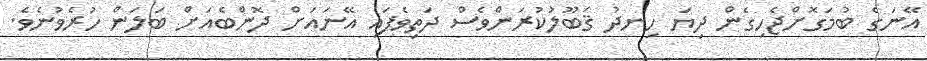
އޭނަގެ ބުމަގޮށްޖެހިގެން ދިޔަ ހިނދު ޤަބޫލުކުރަންވެސް ދަތިވެފައި އޭނައަށް ދޮންބެއަށް ބަލަން ހުރެވުނެވެ.